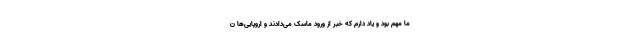
ما مهم بود و یاد دارم که خبر از ورود ماسک می‌دادند و اروپایی‌ها ن